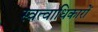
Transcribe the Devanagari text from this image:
स्वत्वाधिकारों